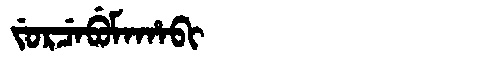
Manchu: ᠵᡠᡵᠴᡝᠪᡠᠮᠠᡥᠠᠪᡳ
Romanization: JURCEBUMAHABI